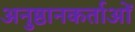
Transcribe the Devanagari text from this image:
अनुष्ठानकर्ताओं